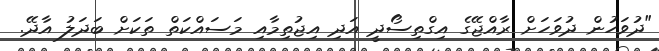
"ދުވަހުން ދުވަހަށް ރާއްޖޭގެ އިގްތިސޯދީ އަދި އިޖުތިމާއި މަސައްކަތް ތަކަށް ބަދަލު އާދޭ.